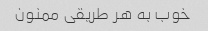
خوب به هر طریقی ممنون